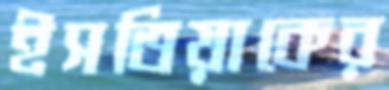
ইসতিয়াকের